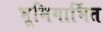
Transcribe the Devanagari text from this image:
भूमिगार्भित